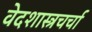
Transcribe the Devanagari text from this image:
वेदशास्त्रचर्चा